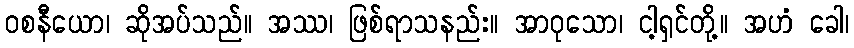
ဝစနီယော၊ ဆိုအပ်သည်။ အဿ၊ ဖြစ်ရာသနည်း။ အာဝုသော၊ ငါ့ရှင်တို့။ အဟံ ခေါ၊